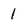
Character: 1